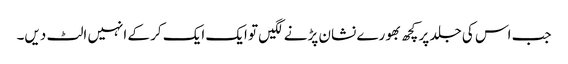
جب اس کی جلد پر کچھ بھورے نشان پڑنے لگیں تو ایک ایک کر کے انہیں الٹ دیں۔